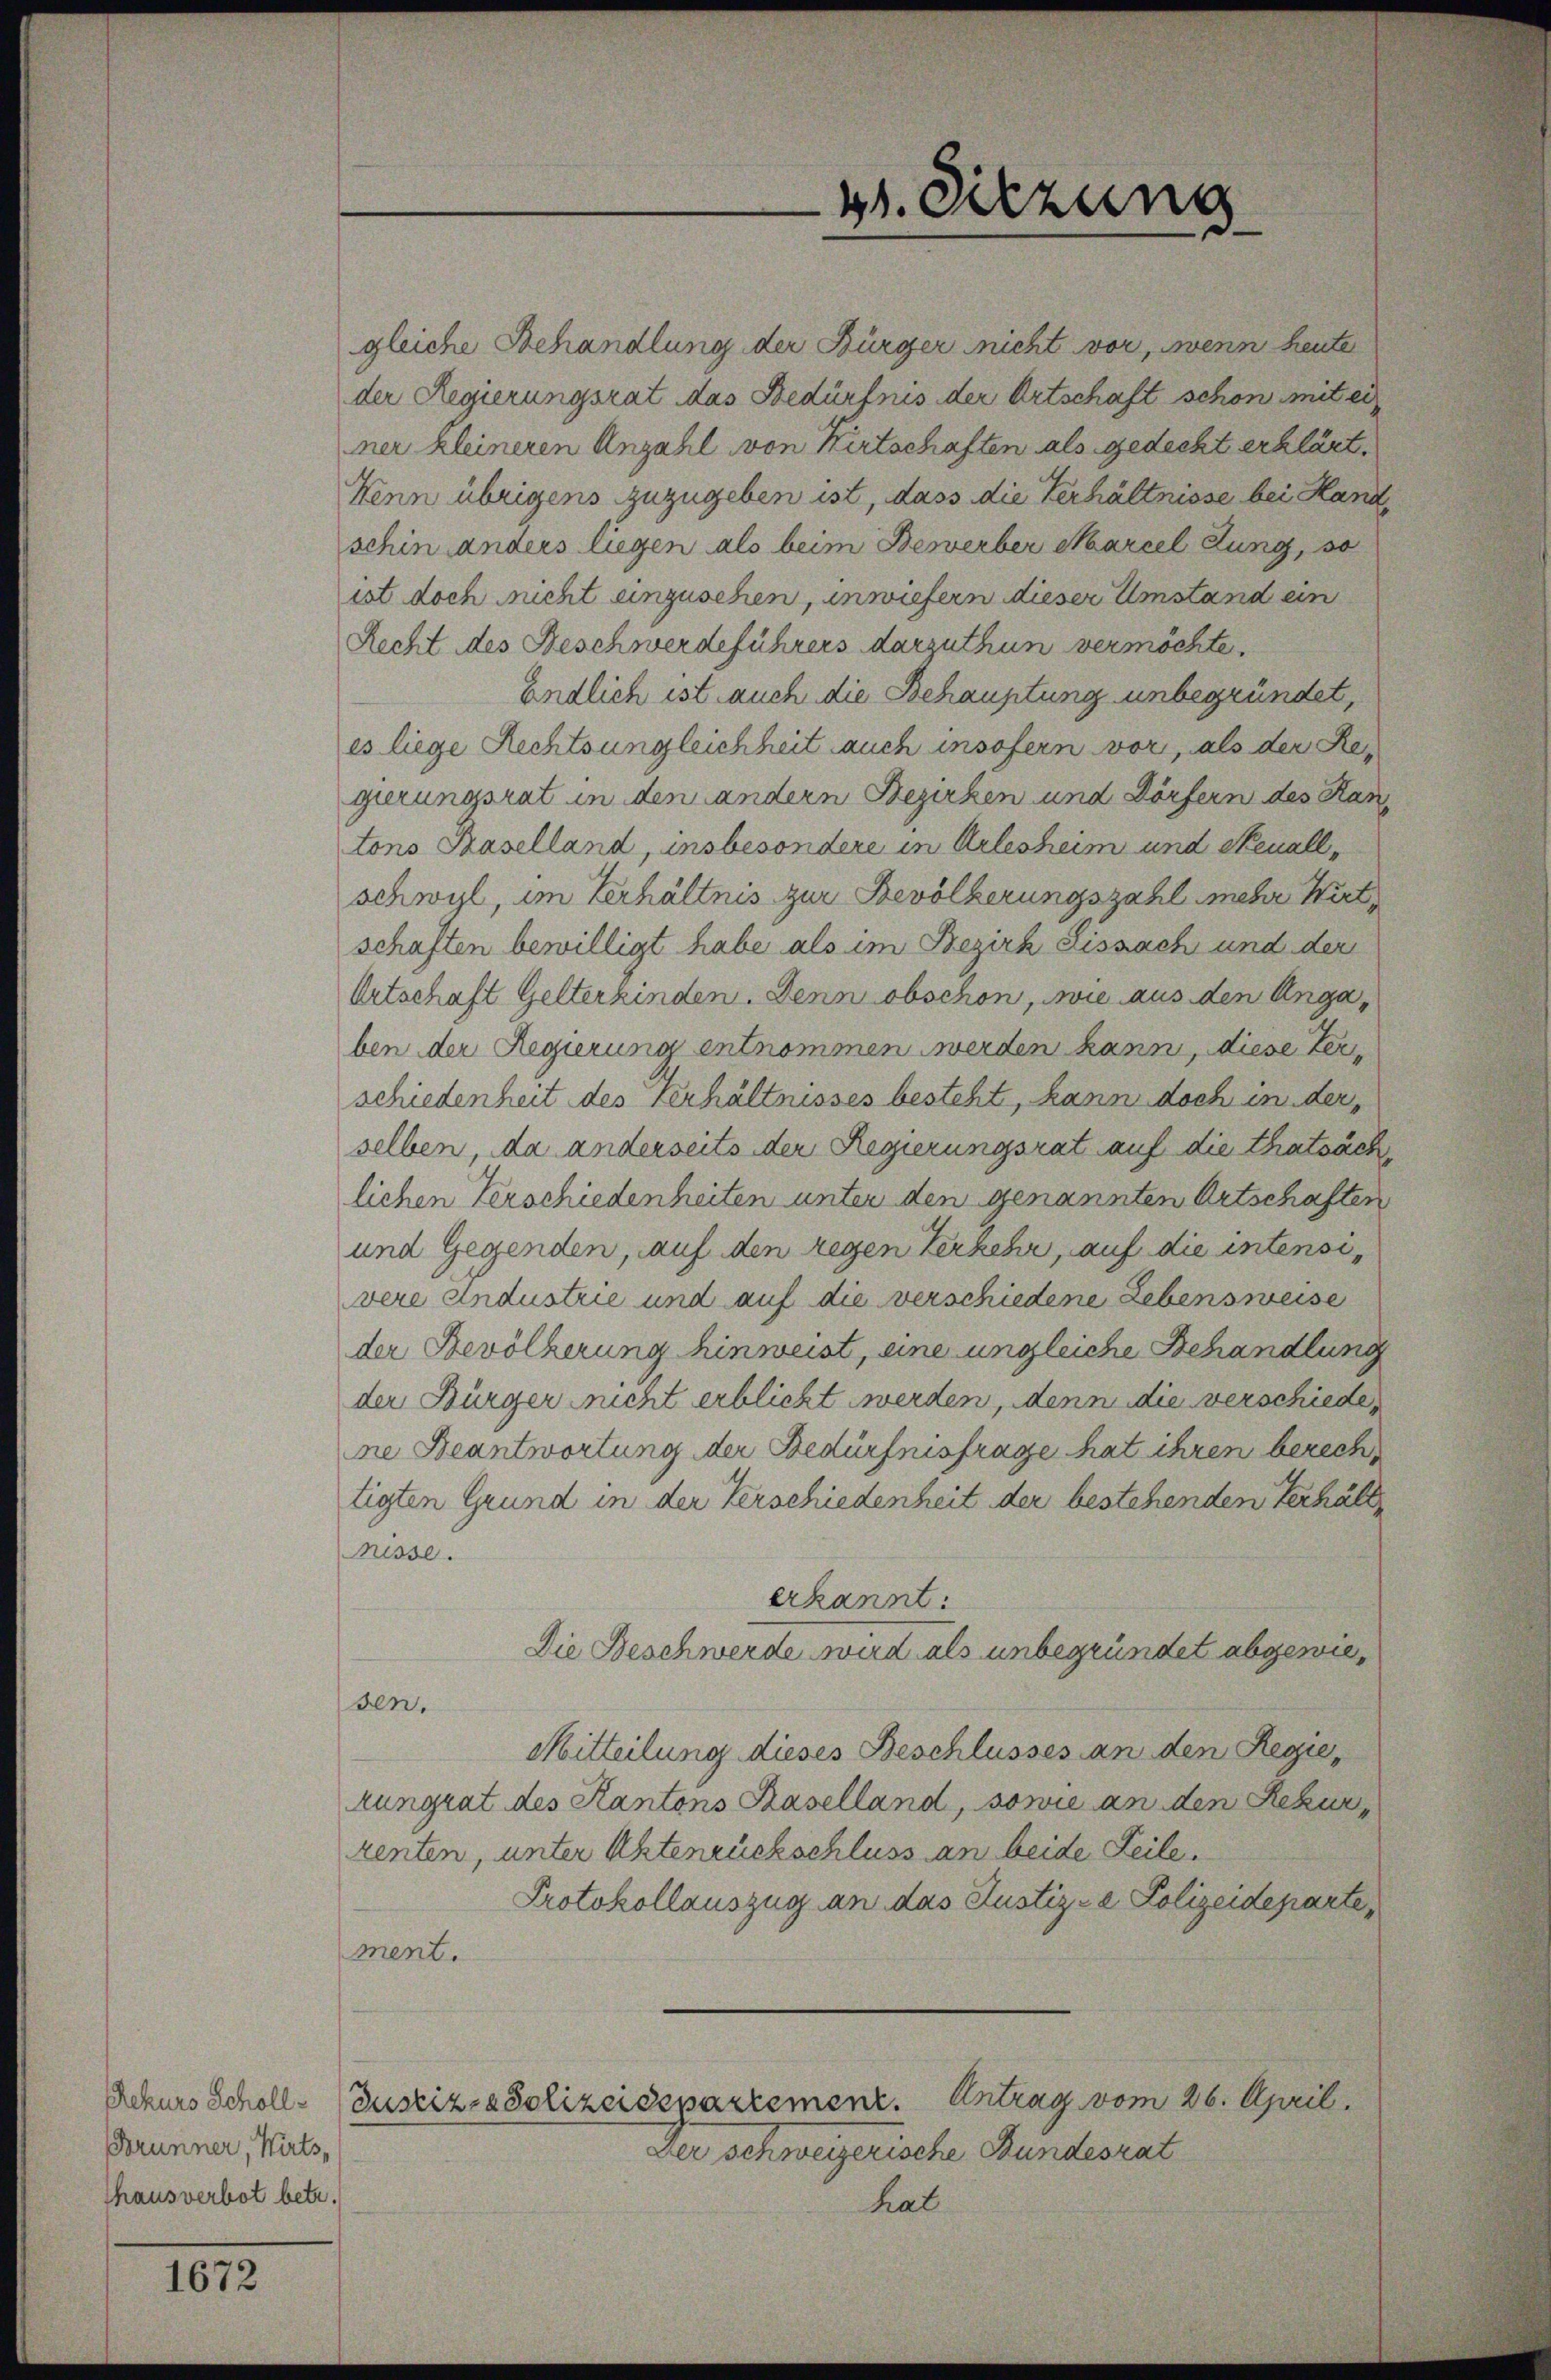
Brunner, Wirts,
thausverbot betr.

1672

gleiche Behandlung der Bürger nicht vor, wenn heute
der Regierungsrat das Bedürfnis der Ortschaft schon mit ei
ner kleineren Anzahl von Kirtschaften als gedeckt erklärt.
Wenn übrigens zuzugeben ist, dass die Verhältnisse bei Hand,
schin anders liegen als beim Bewerber Marcel Lung, so
ist doch nicht einzusehen, inwiefern dieser Umstand ein
Recht des Beschwerdeführers darzuthun vermöchte.
Endlich ist auch die Behauptung unbegründet,
es liege Rechts ungleichheit auch insofern vor, als der Regerungsrat in den andern Bezirken und Dörfern des Hantons Baselland, insbesondere in Arlesheim und Neuall,
schwyl, im Verhältnis zur Bevölkerungszahl mehre Wirt
schaften bewilligt habe als im Bezirk Dissach und der
Ortschaft Gelterkinden. Denn obschon, wie aus den Angaben der Regierung entnommen werden kann, diese Terschiedenheit des Verhältnisses besteht, kann doch in der
selben, da anderseits der Regierungsrat auf die thatsäch
lichen Verschiedenheiten unter den genannten Ortschaften
und Gegenden, auf den regen Kerkehr, auf die intensivere Andustrie und auf die verschiedene Lebensweise
der Bevölkerung hinweist, eine ungleiche Behandlung
der Bürger nicht erblicht werden, denn die verschiede
ne Beantwortung der Bedürfnisfrage hat ihren berech
tigten Grund in der Verschiedenheit der bestehenden Verhält
nisse.
erkannt:
Die Beschwerde wird als unbegründet abgewiesen.
Mitteilung dieses Beschlusses an den Regie¬
Rungrat des Kantons Baselland, sowie an den Rekur
renten, unter Aktenrückschluss an beide Teile.
Protokollauszug an das Justiz- & Polizeideparte,
ment.
Rekurs Scholle Justiz-Polizeiespartemenz. Antrag vom 26. April.
Der schweizerische Bundesrat
hat

4. Sitzung